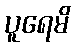
ပူရေမိ